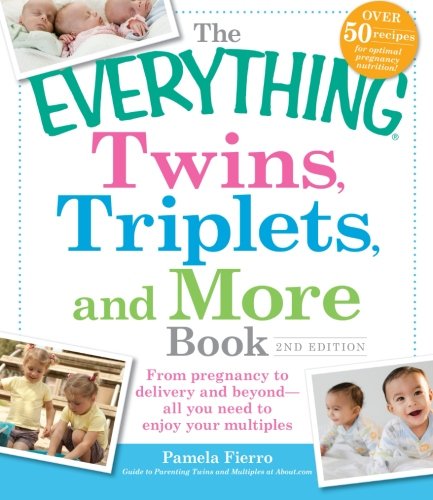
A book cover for The Everything Twins, Triplets, and More Book: From pregnancy to delivery and beyond--all you need to enjoy your multiples; Pamela Fierro; Parenting & Relationships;